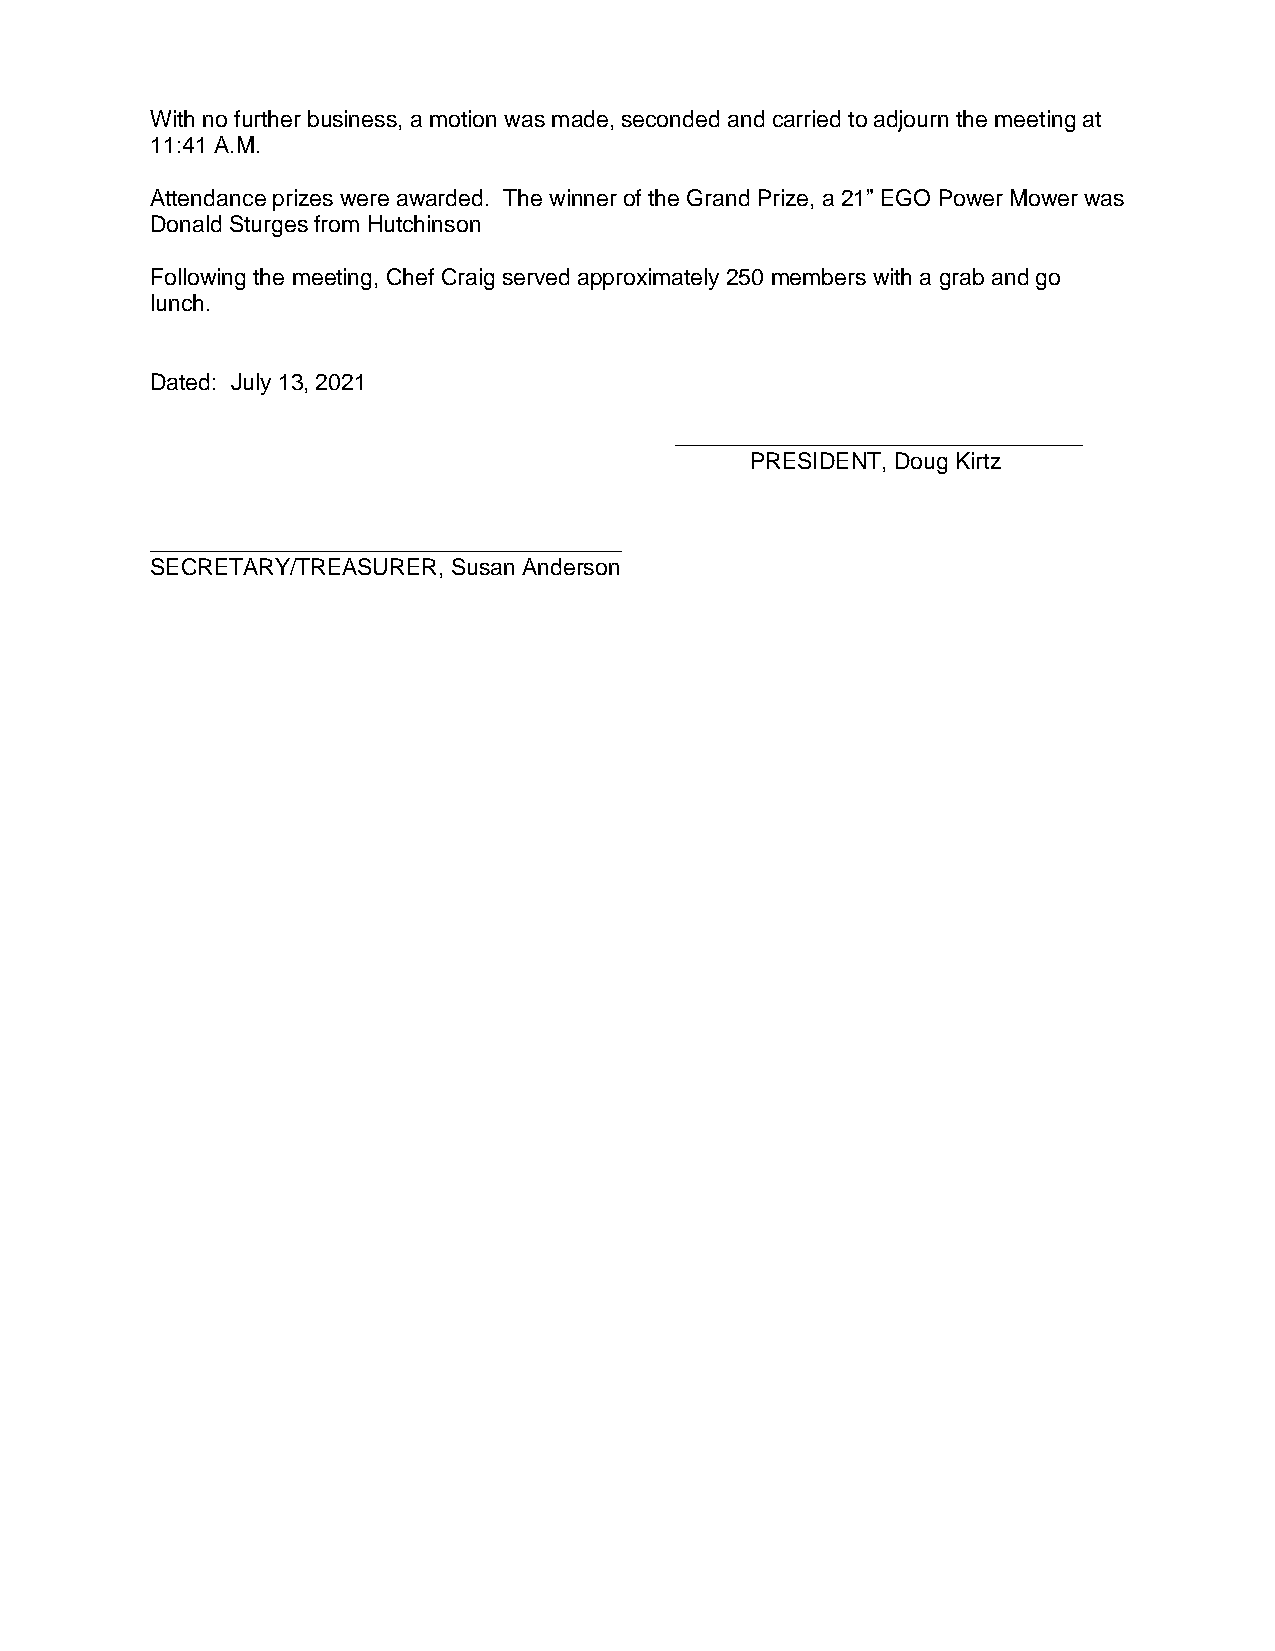
With no further business, a motion was made, seconded and carried to adjourn the meeting at
 11:41 A.M.
 Attendance prizes were awarded. The winner of the Grand Prize, a 21” EGO Power Mower was
 Donald Sturges from Hutchinson
 Following the meeting, Chef Craig served approximately 250 members with a grab and go
 lunch.
 Dated: July 13, 2021
 ________________________________
 PRESIDENT, Doug Kirtz
 _____________________________________
 SECRETARY/TREASURER, Susan Anderson